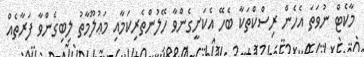
މާކެޓް ނުވަތަ އެހެން ރިސްކްތަކާ ބެހޭ އެކަށީގެންވާ ހޭލުންތެރިކަމާއި މަޢުލޫމާތު ލިބިގެންވާ ފަރާތެއް